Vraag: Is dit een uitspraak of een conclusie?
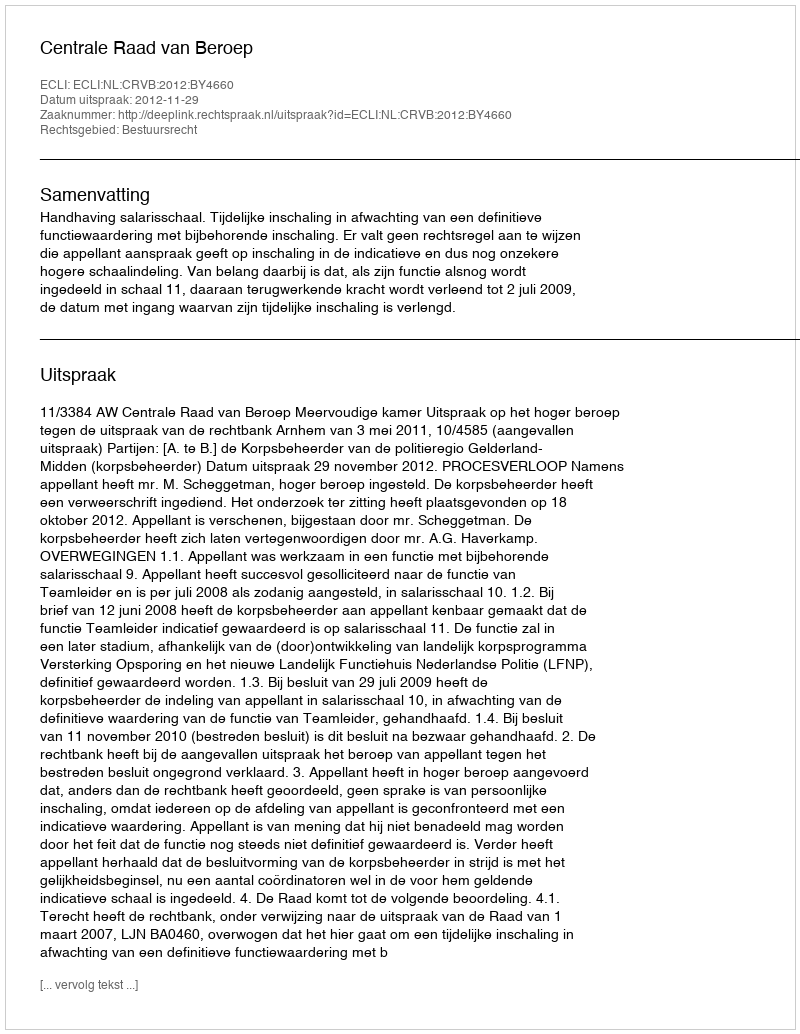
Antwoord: Uitspraak